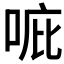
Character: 𠳓